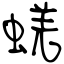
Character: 蜣